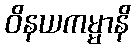
ဝိနယကမ္မာနိ